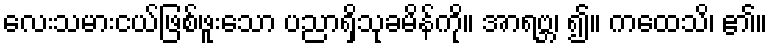
လေးသမားငယ်ဖြစ်ဖူးသော ပညာရှိသုခမိန်ကို။ အာရဗ္ဘ၊ ၍။ ကထေသိ၊ ၏။